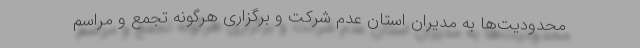
محدودیت‌ها به مدیران استان عدم شرکت و برگزاری هرگونه تجمع و مراسم